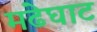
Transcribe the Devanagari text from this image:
मढेघाट